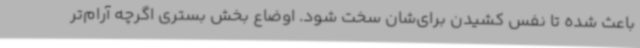
باعث شده تا نفس کشیدن برای‌شان سخت شود. اوضاع بخش بستری اگرچه آرام‌تر